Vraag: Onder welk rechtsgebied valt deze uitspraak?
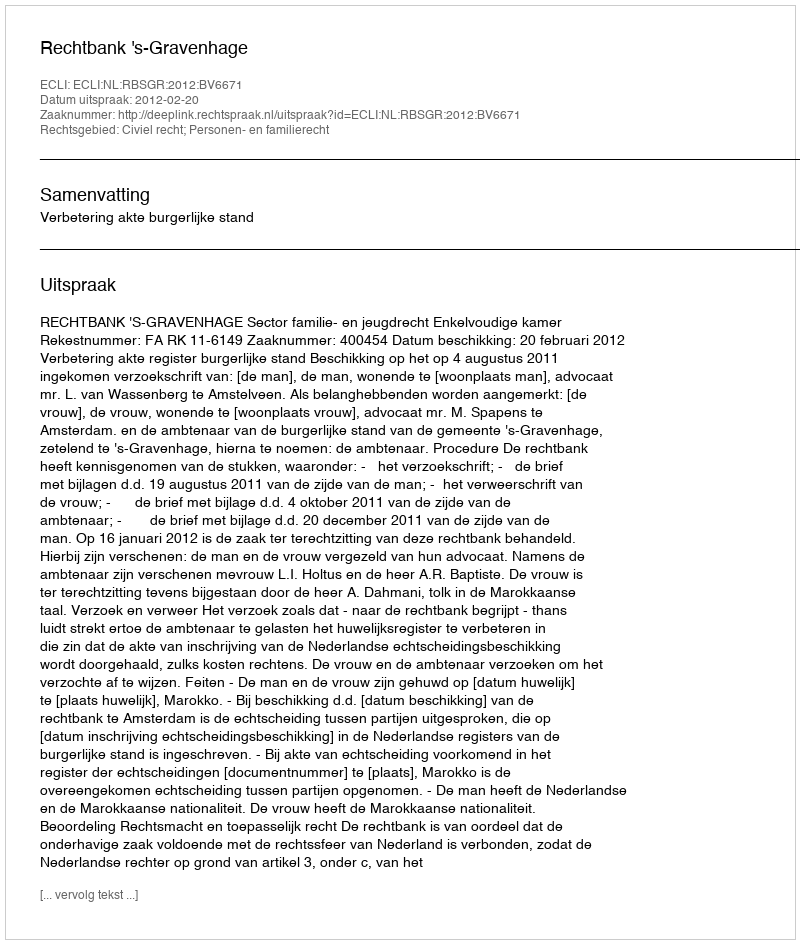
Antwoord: Civiel recht; Personen- en familierecht